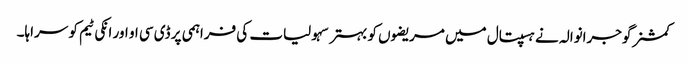
کمشنر گوجرانوالہ نے ہسپتال میں مریضوں کو بہتر سہولیات کی فراہمی پر ڈی سی او اور انکی ٹیم کو سراہا۔